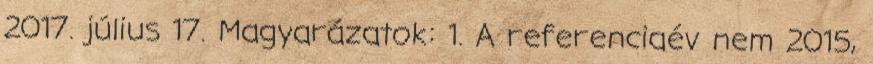
2017. július 17. Magyarázatok: 1. A referenciaév nem 2015,